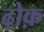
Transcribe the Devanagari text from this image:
ढ़ोक़